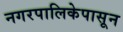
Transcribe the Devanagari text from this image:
नगरपालिकेपासून